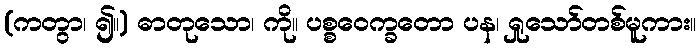
(ကတွာ၊ ၍။) ဓာတုသော၊ ကို။ ပစ္စဝေက္ခတော ပန၊ ရှုသော်တစ်မူကား။